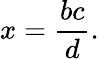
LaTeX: x={\frac{bc}{d}}.